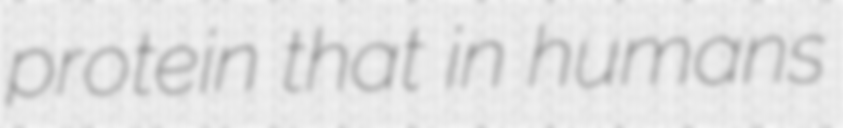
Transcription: protein that in humans